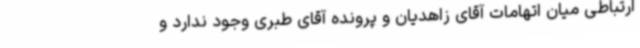
ارتباطی میان اتهامات آقای زاهدیان و پرونده آقای طبری وجود ندارد و